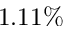
1 . 1 1 \%